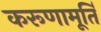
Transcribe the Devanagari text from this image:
करूणामूर्ति